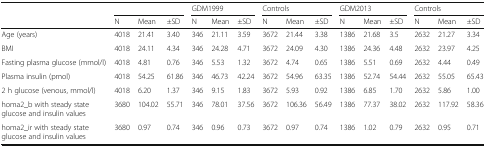
<table><thead><tr><td rowspan="2"></td><td colspan="3"></td><td colspan="3"><b>GDM1999</b></td><td colspan="3"><b>Controls</b></td><td colspan="3"><b>GDM2013</b></td><td colspan="3"><b>Controls</b></td></tr><tr><td><b>N</b></td><td><b>Mean</b></td><td><b>±SD</b></td><td><b>N</b></td><td><b>Mean</b></td><td><b>±SD</b></td><td><b>N</b></td><td><b>Mean</b></td><td><b>±SD</b></td><td><b>N</b></td><td><b>Mean</b></td><td><b>±SD</b></td><td><b>N</b></td><td><b>Mean</b></td><td><b>±SD</b></td></tr></thead><tbody><tr><td>Age (years)</td><td>4018</td><td>21.41</td><td>3.40</td><td>346</td><td>21.11</td><td>3.59</td><td>3672</td><td>21.44</td><td>3.38</td><td>1386</td><td>21.68</td><td>3.5</td><td>2632</td><td>21.27</td><td>3.34</td></tr><tr><td>BMI</td><td>4018</td><td>24.11</td><td>4.34</td><td>346</td><td>24.28</td><td>4.71</td><td>3672</td><td>24.09</td><td>4.30</td><td>1386</td><td>24.36</td><td>4.48</td><td>2632</td><td>23.97</td><td>4.25</td></tr><tr><td>Fasting plasma glucose (mmol/l)</td><td>4018</td><td>4.81</td><td>0.76</td><td>346</td><td>5.53</td><td>1.32</td><td>3672</td><td>4.74</td><td>0.65</td><td>1386</td><td>5.51</td><td>0.69</td><td>2632</td><td>4.44</td><td>0.49</td></tr><tr><td>Plasma insulin (pmol)</td><td>4018</td><td>54.25</td><td>61.86</td><td>346</td><td>46.73</td><td>42.24</td><td>3672</td><td>54.96</td><td>63.35</td><td>1386</td><td>52.74</td><td>54.44</td><td>2632</td><td>55.05</td><td>65.43</td></tr><tr><td>2 h glucose (venous, mmol/l)</td><td>4018</td><td>6.20</td><td>1.37</td><td>346</td><td>9.15</td><td>1.83</td><td>3672</td><td>5.93</td><td>0.92</td><td>1386</td><td>6.85</td><td>1.70</td><td>2632</td><td>5.86</td><td>1.00</td></tr><tr><td>homa2_b with steady state glucose and insulin values</td><td>3680</td><td>104.02</td><td>55.71</td><td>346</td><td>78.01</td><td>37.56</td><td>3672</td><td>106.36</td><td>56.49</td><td>1386</td><td>77.37</td><td>38.02</td><td>2632</td><td>117.92</td><td>58.36</td></tr><tr><td>homa2_ir with steady state glucose and insulin values</td><td>3680</td><td>0.97</td><td>0.74</td><td>346</td><td>0.96</td><td>0.73</td><td>3672</td><td>0.97</td><td>0.74</td><td>1386</td><td>1.02</td><td>0.79</td><td>2632</td><td>0.95</td><td>0.71</td></tr></tbody></table>